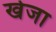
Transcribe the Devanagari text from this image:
खेजा